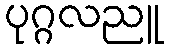
ပုဂ္ဂလညူ